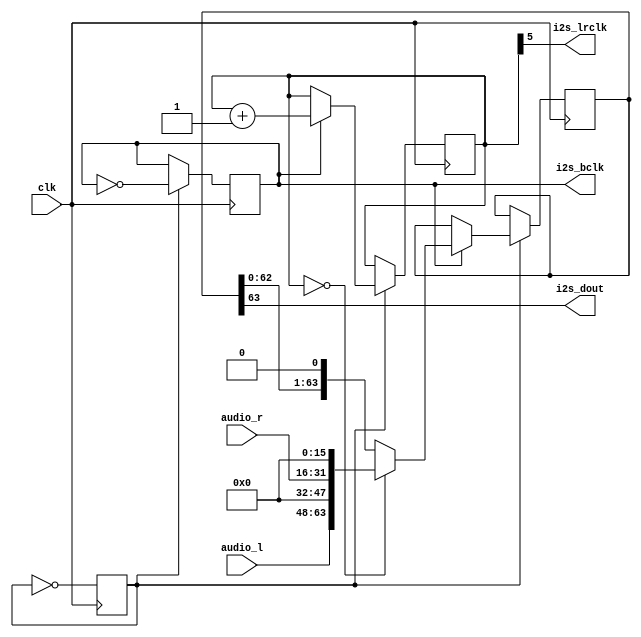
`timescale 1ns / 1ps
//////////////////////////////////////////////////////////////////////////////////
// Company: 
// Engineer: 
// 
// Design Name: 
// Module Name: i2s_sound
// Project Name: 
// Target Devices: 
// Tool Versions: 
// Description: 
// 
// Dependencies: 
// 
// Revision:
// Revision 0.01 - File Created
// Additional Comments:
// 
//////////////////////////////////////////////////////////////////////////////////


module i2s_sound (
  input wire clk,
  input wire [15:0] audio_l,
  input wire [15:0] audio_r,
  output reg i2s_bclk,
  output wire i2s_lrclk,
  output wire i2s_dout
  );
  
  parameter [15:0] CLKMHZ = 16'd50;
  localparam [7:0] PRESCALER = 1; // (CLKMHZ * 500 / (64*192)) -1;  // duracin de un semiperiodo de BCLK para 192 kHz
  
  reg counter = 0;
  reg [5:0] cntbit = 0;
  reg [63:0] sr_sample;

  initial i2s_bclk = 1'b0;
  
  assign i2s_lrclk = cntbit[5];
  assign i2s_dout = sr_sample[63];
  
  always @(posedge clk) begin
    counter <= ~counter;
    if (counter == PRESCALER) begin
      i2s_bclk <= ~i2s_bclk;
      if (i2s_bclk == 1'b1) begin   // flanco negativo de BCLK...
        cntbit <= cntbit + 1;
        if (cntbit == 0)
          sr_sample <= {audio_l, 16'h0000, audio_r, 16'h0000};          
        else
          sr_sample <= {sr_sample[62:0], 1'b0};
      end
    end
  end  
endmodule